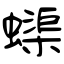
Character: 蟝